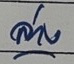
ล่าง